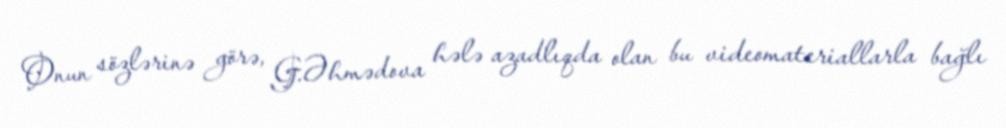
Onun sözlərinə görə, G.Əhmədova hələ azadlıqda olan bu videomateriallarla bağlı